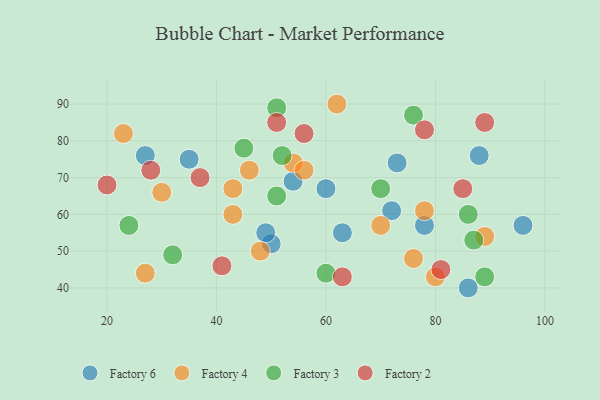
{"axis": {"x": "GDP", "y": "Life Expectancy"}, "legend": ["Factory 2", "Factory 3", "Factory 4", "Factory 6"], "data": [{"x": "72", "y": 61, "type": "Factory 6"}, {"x": "27", "y": 76, "type": "Factory 6"}, {"x": "96", "y": 57, "type": "Factory 6"}, {"x": "63", "y": 55, "type": "Factory 6"}, {"x": "60", "y": 67, "type": "Factory 6"}, {"x": "88", "y": 76, "type": "Factory 6"}, {"x": "50", "y": 52, "type": "Factory 6"}, {"x": "73", "y": 74, "type": "Factory 6"}, {"x": "54", "y": 69, "type": "Factory 6"}, {"x": "78", "y": 57, "type": "Factory 6"}, {"x": "86", "y": 40, "type": "Factory 6"}, {"x": "49", "y": 55, "type": "Factory 6"}, {"x": "35", "y": 75, "type": "Factory 6"}, {"x": "27", "y": 44, "type": "Factory 4"}, {"x": "54", "y": 74, "type": "Factory 4"}, {"x": "78", "y": 61, "type": "Factory 4"}, {"x": "23", "y": 82, "type": "Factory 4"}, {"x": "30", "y": 66, "type": "Factory 4"}, {"x": "89", "y": 54, "type": "Factory 4"}, {"x": "56", "y": 72, "type": "Factory 4"}, {"x": "62", "y": 90, "type": "Factory 4"}, {"x": "70", "y": 57, "type": "Factory 4"}, {"x": "48", "y": 50, "type": "Factory 4"}, {"x": "43", "y": 60, "type": "Factory 4"}, {"x": "76", "y": 48, "type": "Factory 4"}, {"x": "80", "y": 43, "type": "Factory 4"}, {"x": "43", "y": 67, "type": "Factory 4"}, {"x": "46", "y": 72, "type": "Factory 4"}, {"x": "87", "y": 53, "type": "Factory 3"}, {"x": "52", "y": 76, "type": "Factory 3"}, {"x": "45", "y": 78, "type": "Factory 3"}, {"x": "32", "y": 49, "type": "Factory 3"}, {"x": "24", "y": 57, "type": "Factory 3"}, {"x": "51", "y": 89, "type": "Factory 3"}, {"x": "70", "y": 67, "type": "Factory 3"}, {"x": "76", "y": 87, "type": "Factory 3"}, {"x": "86", "y": 60, "type": "Factory 3"}, {"x": "51", "y": 65, "type": "Factory 3"}, {"x": "89", "y": 43, "type": "Factory 3"}, {"x": "60", "y": 44, "type": "Factory 3"}, {"x": "81", "y": 45, "type": "Factory 2"}, {"x": "41", "y": 46, "type": "Factory 2"}, {"x": "28", "y": 72, "type": "Factory 2"}, {"x": "20", "y": 68, "type": "Factory 2"}, {"x": "56", "y": 82, "type": "Factory 2"}, {"x": "78", "y": 83, "type": "Factory 2"}, {"x": "63", "y": 43, "type": "Factory 2"}, {"x": "89", "y": 85, "type": "Factory 2"}, {"x": "85", "y": 67, "type": "Factory 2"}, {"x": "51", "y": 85, "type": "Factory 2"}, {"x": "37", "y": 70, "type": "Factory 2"}]}